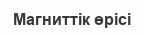
Магниттік өрісі